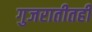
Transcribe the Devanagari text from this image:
गुजरातीतही